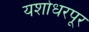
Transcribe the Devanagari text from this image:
यशोधरपूर